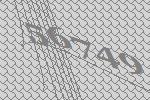
56749